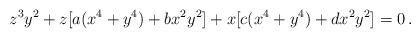
LaTeX: \begin{align*} z^3 y^2 + z[a(x^4 + y^4) + b x^2 y^2] + x[c(x^4 + y^4) + d x^2 y^2] = 0 \, . \end{align*}